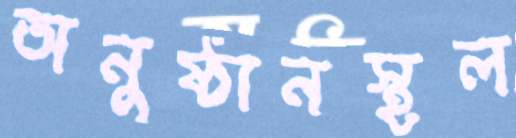
অনুষ্ঠানস্থল